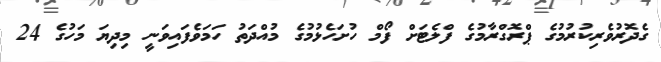
ގެދޮރުވެރިކުރުމުގެ ޕްރޮގްރާމުގެ ފްލެޓަށް ފޯމް ހުށަހެޅުމުގެ މުއްދަތު ހަމަވެފައިވަނީ މިދިޔަ މަހުގެ 24